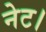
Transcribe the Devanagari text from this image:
नेट।